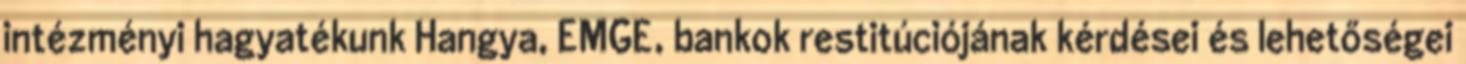
intézményi hagyatékunk Hangya, EMGE, bankok restitúciójának kérdései és lehetőségei